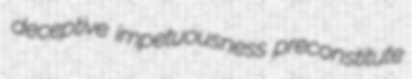
deceptive impetuousness preconstitute